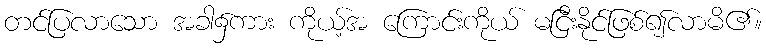
တင်ပြလာသော အခါ၌ကား ကိုယ့်အ ကြောင်းကိုယ် မငြီးနိုင်ဖြစ်၍လာမိ၏။